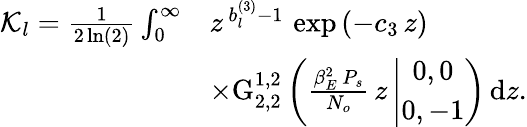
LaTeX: \begin{array}{rl}{\mathcal{K}_{l}=\frac{1}{2\ln(2)}\int_{0}^{\infty}}&{z^{\, b_{l}^{(3)}-1}\, \exp\left(-c_{3}\, z\right)\, }\\ &{\times\mathrm{G}_{2,2}^{1,2}\left(\frac{\beta_{E}^{2}\, P_{s}}{N_{o}}\, z\left|\begin{array}{c}{0,0}\\ {0,-1}\end{array}\right.\right)\, \mathrm{d}z.}\end{array}